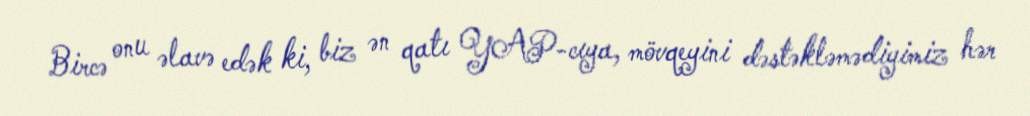
Bircə onu əlavə edək ki, biz ən qatı YAP-cıya, mövqeyini dəstəkləmədiyimiz hər